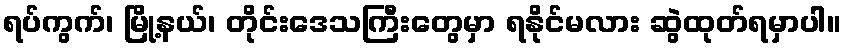
ရပ်ကွက်၊ မြို့နယ်၊ တိုင်းဒေသကြီးတွေမှာ ရနိုင်မလား ဆွဲထုတ်ရမှာပါ။